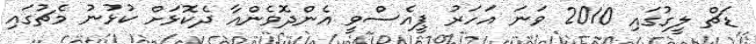
ޑަޗް ލީގުގައި 2010 ވަނަ އަހަރު ޕީއެސްވީ އެންދޮވެންއާ ދެކޮޅަށް ކުޅުނު މެޗުގައި